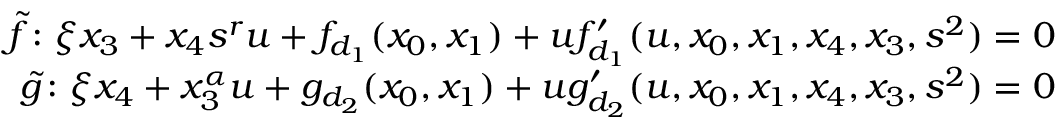
\begin{array} { r } { \widetilde { f } \colon \xi x _ { 3 } + x _ { 4 } s ^ { r } u + f _ { d _ { 1 } } ( x _ { 0 } , x _ { 1 } ) + u f _ { d _ { 1 } } ^ { \prime } ( u , x _ { 0 } , x _ { 1 } , x _ { 4 } , x _ { 3 } , s ^ { 2 } ) = 0 } \\ { \widetilde { g } \colon \xi x _ { 4 } + x _ { 3 } ^ { \alpha } u + g _ { d _ { 2 } } ( x _ { 0 } , x _ { 1 } ) + u g _ { d _ { 2 } } ^ { \prime } ( u , x _ { 0 } , x _ { 1 } , x _ { 4 } , x _ { 3 } , s ^ { 2 } ) = 0 } \end{array}